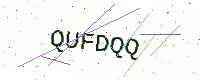
Text: QUFDQQ